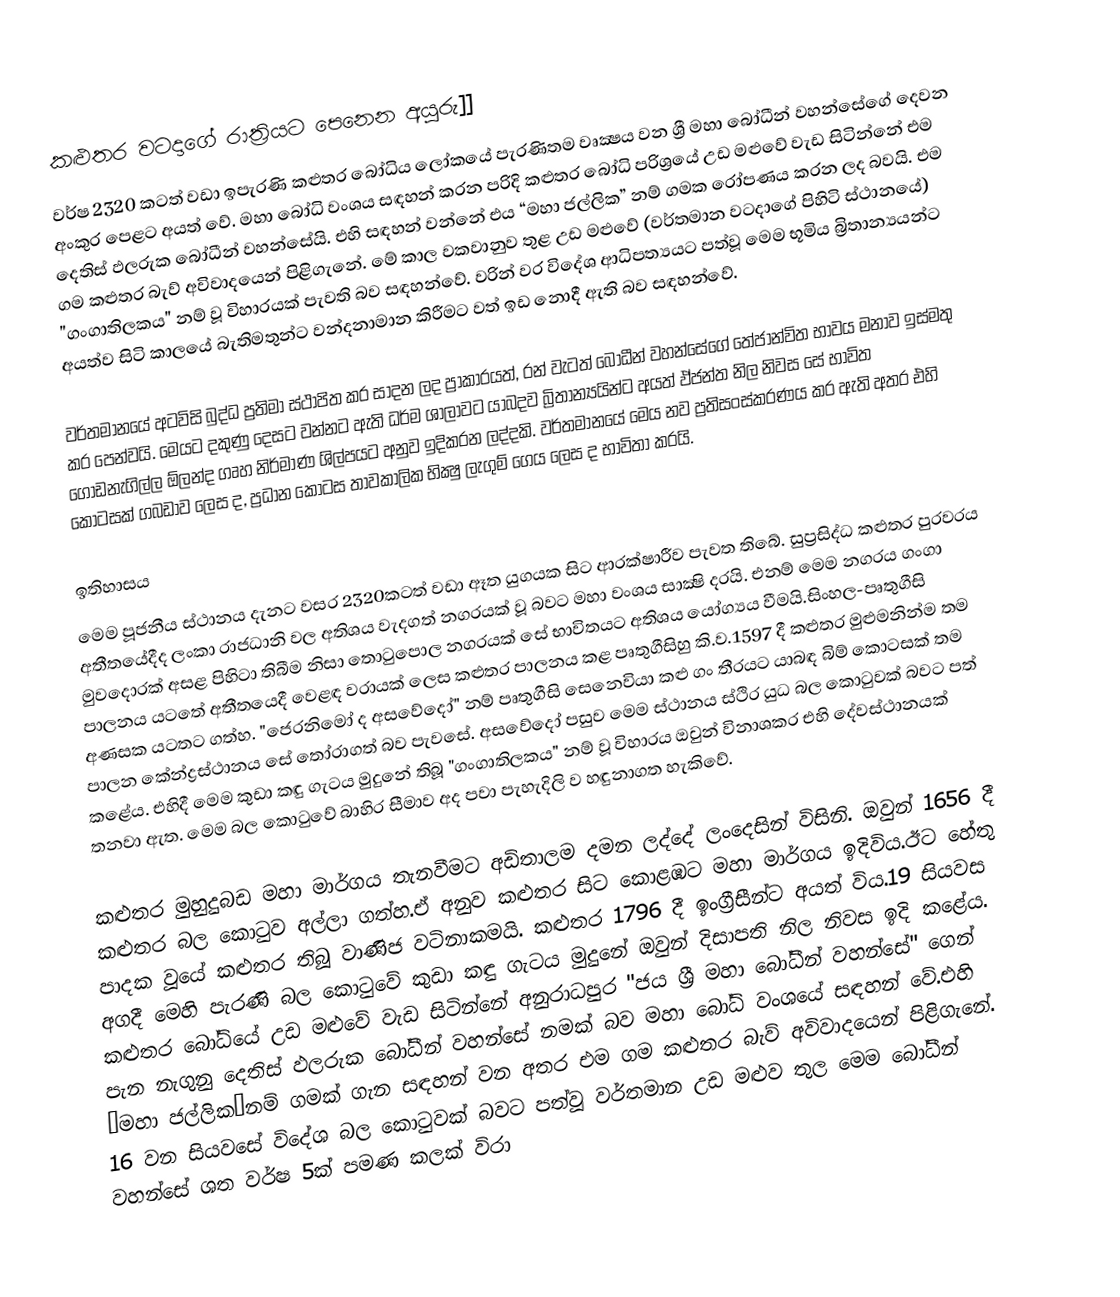
කළුතර වටදාගේ රාත්‍රියට පෙනෙන අයුරු]]
වර්ෂ 2320 කටත් වඩා ඉපැරණි කළුතර බෝධිය ලෝකයේ පැරණිතම වෘක්‍ෂය වන ශ්‍රී  මහා බෝධීන් වහන්සේගේ දෙවන අංකුර පෙළට අයත් වේ. මහා බෝධි වංශය සඳහන් කරන පරිදි කළුතර බෝධි පරිශ්‍රයේ උඩ මළුවේ වැඩ සිටින්නේ එම දෙතිස් ඵලරුක බෝධීන් වහන්සේයි. එහි සඳහන් වන්නේ එය “මහා ජල්ලික” නම් ගමක රෝපණය කරන ලද බවයි. එම ගම කළුතර  බැව් අවිවාදයෙන් පිළිගැනේ. මේ කාල වකවානුව තුළ උඩ මළුවේ (වර්තමාන වටදාගේ පිහිටි ස්ථානයේ) "ගංගාතිලකය" නම් වූ විහාරයක් පැවති බව සඳහන්වේ. වරින් වර විදේශ ආධිපත්‍යයට පත්වූ මෙම භූමිය බ්‍රිතාන්‍යයන්ට අයත්ව සිටි කාලයේ බැතිමතුන්ට වන්දනාමාන කිරීමට වත් ඉඩ නොදී ඇති බව සඳහන්වේ.

වර්තමානයේ අටවිසි බුද්ධ  ප්‍රතිමා ස්ථාපිත කර සාදන ලද ප්‍රාකාරයත්, රන් වැටත් බෝධීන් වහන්සේගේ තේජාන්විත භාවය මනාව ඉස්මතු කර පෙන්වයි. මෙයට දකුණු දෙසට වන්නට ඇති ධර්ම ශාලාවට යාබදව බ්‍රිතාන්‍යයින්ට අයත් ඵ්ජන්ත නිල නිවස සේ භාවිත ගොඩනැගිල්ල ඕලන්ද ගෘහ නිර්මාණ ශිල්පයට අනුව ඉදිකරන ලද්දකි. වර්තමානයේ මෙය නව ප්‍රතිසංස්කරණය කර ඇති අතර එහි කොටසක් ගබඩාව ලෙස ද, ප්‍රධාන කොටස තාවකාලික භික්‍ෂු  ලැගුම් ගෙය ලෙස ද භාවිතා කරයි.

ඉතිහාසය
මෙම පූජනීය ස්ථානය දැනට වසර 2320කටත් වඩා ඈත යුගයක සිට ආරක්ෂාරීව පැවත තිබේ. සුප්‍රසිද්ධ කළුතර පුරවරය අතීතයේදීද ලංකා රාජධානි වල අතිශය වැදගත් නගරයක් වූ බවට මහා වංශය සාක්‍ෂි දරයි. එනම් මෙම නගරය ගංගා මුවදොරක් අසළ පිහිටා තිබීම නිසා තොටුපොල නගරයක් සේ භාවිතයට අතිශය යෝග්‍යය වීමයි.සිංහල-පෘතුගීසි පාලනය යටතේ අතීතයෙදී වෙළඳ වරායක් ලෙස කළුතර පාලනය කළ පෘතුගීසිහු කි.ව.1597 දී කළුතර මුළුමනින්ම තම අණසක යටතට ගත්හ.  "ජෙරනිමෝ ද අසවේදෝ"  නම් පෘතුගීසි සෙනෙවියා කළු ගං තීරයට යාබඳ බිම් කොටසක් තම පාලන කේන්ද්‍රස්ථානය සේ තෝරාගත් බව පැවසේ. අසවේදෝ පසුව මෙම ස්ථානය ස්ථිර යුධ බල කොටුවක් බවට පත් කළේය. එහිදී මෙම කුඩා කඳු ගැටය මුදුනේ තිබූ "ගංගාතිලකය" නම් වූ විහාරය ඔවුන් විනාශකර එහි දේවස්ථානයක් තනවා ඇත. මෙම බල කොටුවේ බාහිර සීමාව අද පවා පැහැදිලි ව හඳුනාගත හැකිවේ.

කළුතර මුහුදුබඩ මහා මාර්ගය තැනවීමට අඩිතාලම දමන ලද්දේ ලංදෙසින් විසිනි. ඔවුන් 1656 දී කළුතර බල කොටුව අල්ලා ගත්හ.ඒ අනුව කළුතර සිට කොළඹට මහා මාර්ගය ඉදිවිය.ඊට හේතු පාදක වූයේ කළුතර තිබූ වාණිජ වටිනාකමයි. කළුතර 1796 දී ඉංග්‍රීසීන්ට අයත් විය.19 සියවස අගදී මෙහි පැරණි බල කොටුවේ  කුඩා කඳු ගැටය මුදුනේ ඔවුන් දිසාපති නිල නිවස ඉදි කළේය. කළුතර බෝධියේ උඩ මළුවේ වැඩ සිටින්නේ අනුරාධපුර "ජය ශ්‍රී මහා බෝධීන් වහන්සේ" ගෙන් පැන නැගුනු දෙතිස් ඵලරුක බෝධීන් වහන්සේ නමක් බව මහා බෝධි වංශයේ සඳහන් වේ.එහි “මහා ජල්ලික”නම් ගමක් ගැන සඳහන් වන අතර එම ගම කළුතර  බැව් අවිවාදයෙන් පිළිගැනේ. 16 වන සියවසේ විදේශ බල කොටුවක් බවට පත්වූ වර්තමාන උඩ මළුව තුල මෙම බෝධීන් වහන්සේ ශත වර්ෂ 5ක් පමණ කලක් විරා